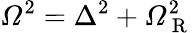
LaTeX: \mathit{\Omega}^{2}=\Delta^{2}+\mathit{\Omega}_{\mathrm{~R~}}^{2}